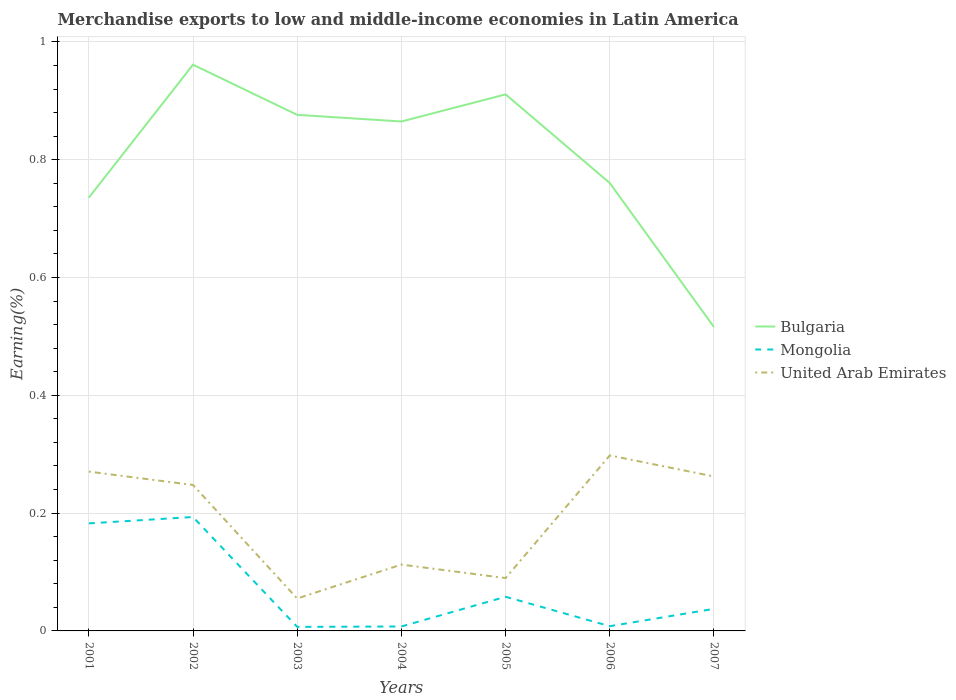
| Years | Bulgaria | Mongolia | United Arab Emirates |
 | --- | --- | --- | --- |
 | 2001 | 0.736 | 0.183 | 0.271 |
 | 2002 | 0.961 | 0.193 | 0.248 |
 | 2003 | 0.876 | 0.00684 | 0.0551 |
 | 2004 | 0.865 | 0.00755 | 0.113 |
 | 2005 | 0.911 | 0.058 | 0.0897 |
 | 2006 | 0.76 | 0.00802 | 0.298 |
 | 2007 | 0.516 | 0.0375 | 0.262 |